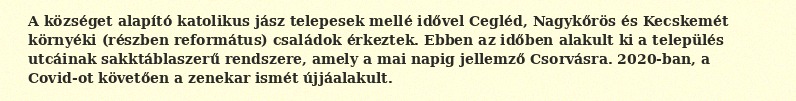
A községet alapító katolikus jász telepesek mellé idővel Cegléd, Nagykőrös és Kecskemét környéki (részben református) családok érkeztek. Ebben az időben alakult ki a település utcáinak sakktáblaszerű rendszere, amely a mai napig jellemző Csorvásra. 2020-ban, a Covid-ot követően a zenekar ismét újjáalakult.